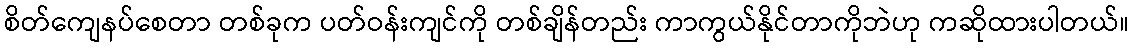
စိတ်ကျေနပ်စေတာ တစ်ခုက ပတ်ဝန်းကျင်ကို တစ်ချိန်တည်း ကာကွယ်နိုင်တာကိုဘဲဟု ကဆိုထားပါတယ်။